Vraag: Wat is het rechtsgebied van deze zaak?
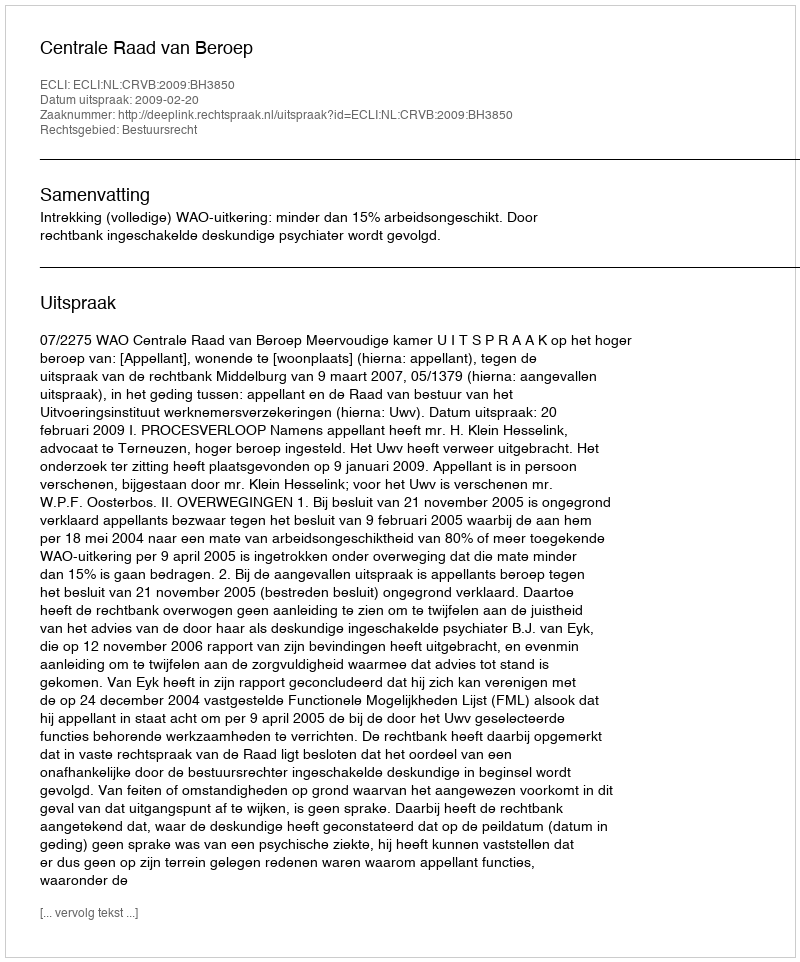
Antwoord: Bestuursrecht